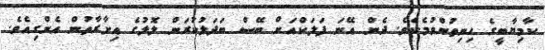
ކާމިޔާބީގެ ހިނިތުންވުމެކެވެ. ދެން އޭނަ ފަލަކްއަށް ބޭސް ބަދަލުކުރަން ލޮލުގެ އިށާރާތުން އެންގިއެވެ.